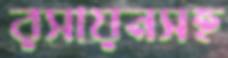
রসায়নসহ